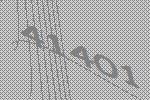
41401